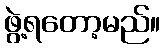
ဖွဲ့ရတော့မည်။